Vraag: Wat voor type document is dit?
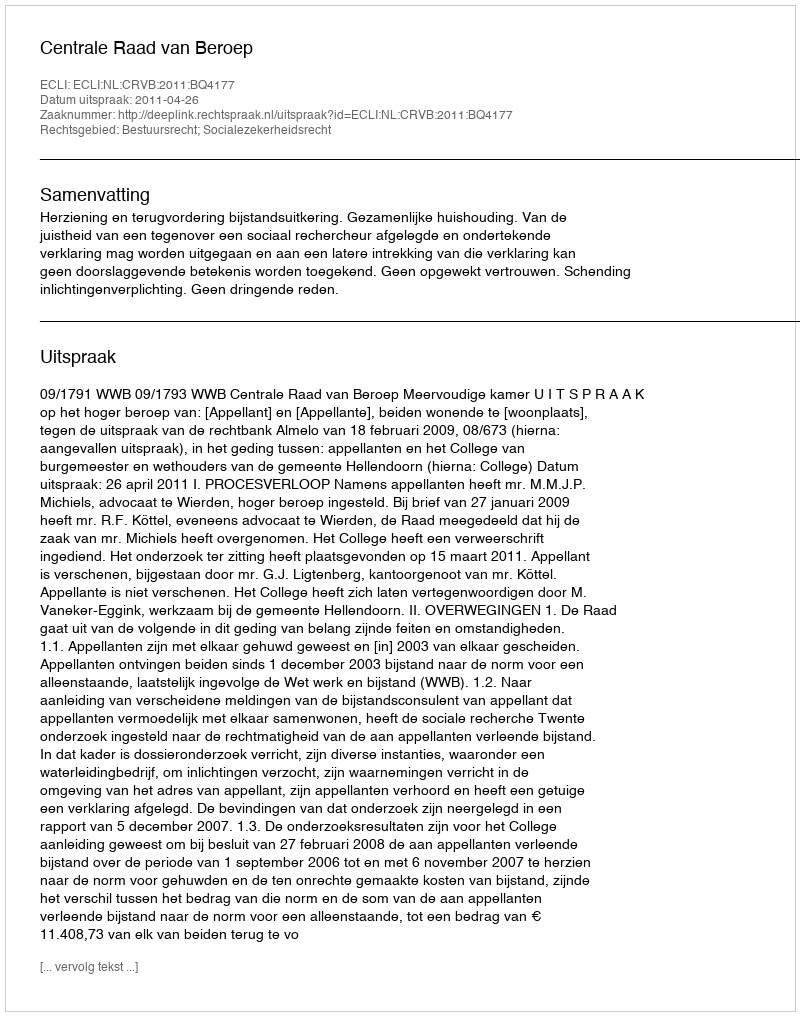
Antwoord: Uitspraak